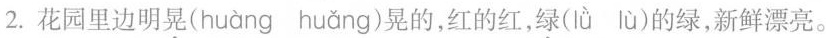
2.花园里边明晃(huàng huǎng)晃的，红的红，绿(lǜ lù)的绿，新鲜漂亮。